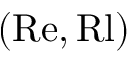
( \mathrm { R e } , \mathrm { R l } )